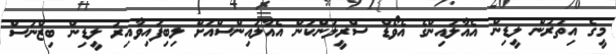
މީގެ އިތުރުން ލީޑިން އެއާލައިންގެ އެވޯޑް ސްރީލަންކަން އެއާލައިންސްއަށް ލިބިފައިވާއިރު ލީޑިން ބިޒްނަސް